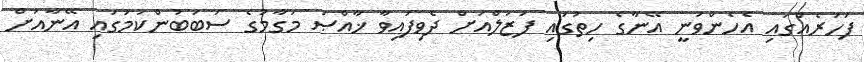
ފަހަރެއްގައި އެހެންވަނީ އޭނާގެ ހިތުގައި ފަޒަލްއަށް ދެވިފައިވާ ޚާއްޞަ މަގާމުގެ ސަބަބުންކަމުގައި އޭނާއަށް